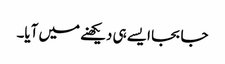
جا بجا ایسے ہی دیکھنے میں آیا۔